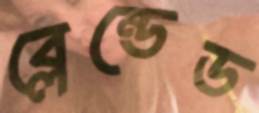
ব্লেন্ডেড